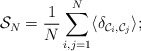
\begin{align*}{\cal{S}}_N = {\frac{1}{N}}\sum_{i,j=1}^{N} \langle \delta_{{\cal{C}}_i, {\cal{C}}_j} \rangle;\protect\end{align*}